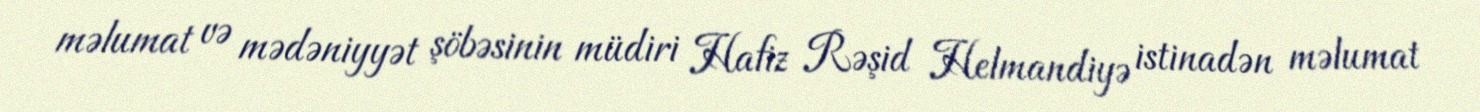
məlumat və mədəniyyət şöbəsinin müdiri Hafiz Rəşid Helmandiyə istinadən məlumat